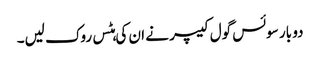
دو بار سوئس گول کیپر نے ان کی ہٹس روک لیں۔